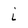
Character: i